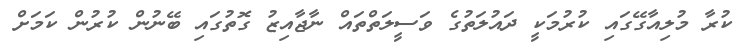
ކުރާ މުލިއާގޭގައި ކުރުމަކީ ދައުލަތުގެ ވަސީލަތްތައް ނާޖާއިޒު ގޮތުގައި ބޭނުން ކުރުން ކަމަށް